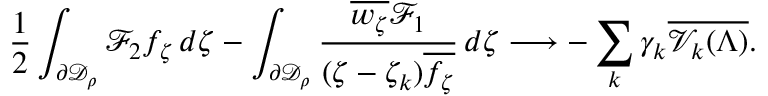
\frac 1 2 \int _ { \partial \mathcal { D } _ { \rho } } \mathcal { F } _ { 2 } f _ { \zeta } \, d \zeta - \int _ { \partial \mathcal { D } _ { \rho } } \frac { \overline { { w _ { \zeta } } } \mathcal { F } _ { 1 } } { ( \zeta - \zeta _ { k } ) \overline { { f _ { \zeta } } } } \, d \zeta \longrightarrow - \sum _ { k } \gamma _ { k } \overline { { \mathcal { V } _ { k } ( \Lambda ) } } .